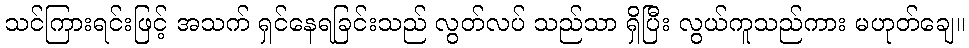
သင်ကြားရင်းဖြင့် အသက် ရှင်နေရခြင်းသည် လွတ်လပ် သည်သာ ရှိပြီး လွယ်ကူသည်ကား မဟုတ်ချေ။